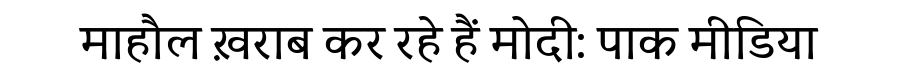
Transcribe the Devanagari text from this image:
माहौल ख़राब कर रहे हैं मोदी: पाक मीडिया